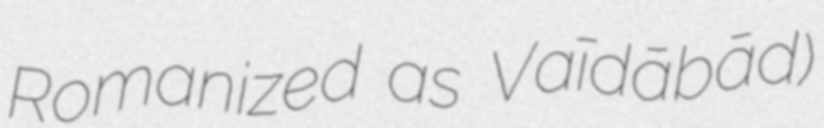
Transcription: Romanized as Vaḩīdābād)